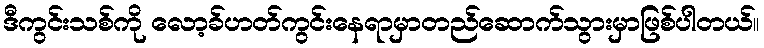
ဒီကွင်းသစ်ကို လော့ခ်ဟတ်ကွင်းနေရာမှာတည်ဆောက်သွားမှာဖြစ်ပါတယ်။